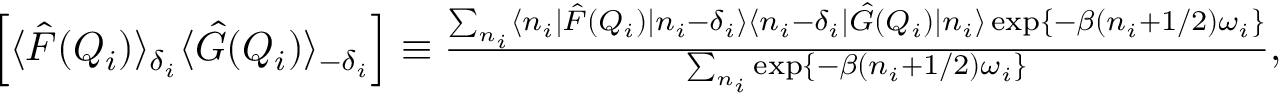
\begin{array} { r } { \Big [ \langle \hat { F } ( Q _ { i } ) \rangle _ { \delta _ { i } } \langle \hat { G } ( Q _ { i } ) \rangle _ { - \delta _ { i } } \Big ] \equiv \frac { \sum _ { n _ { i } } \langle n _ { i } | \hat { F } ( Q _ { i } ) | n _ { i } - \delta _ { i } \rangle \langle n _ { i } - \delta _ { i } | \hat { G } ( Q _ { i } ) | n _ { i } \rangle \exp \{ - \beta ( n _ { i } + 1 / 2 ) \omega _ { i } \} } { \sum _ { n _ { i } } \exp \{ - \beta ( n _ { i } + 1 / 2 ) \omega _ { i } \} } , } \end{array}